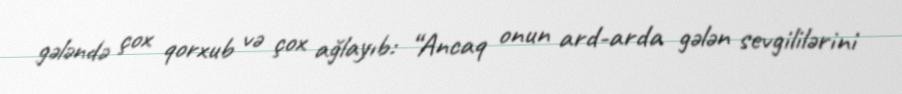
gələndə çox qorxub və çox ağlayıb: “Ancaq onun ard-arda gələn sevgililərini